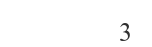
3